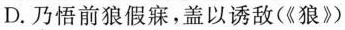
D. 乃悟前狼假寐，盖以诱敌(《狼》)